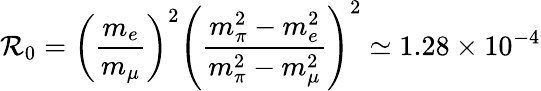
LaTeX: \mathcal{R}_{0}=\left({\frac{{m_{e}}}{{m_{\mu}}}}\right)^{2}\left({\frac{{m_{\pi}^{2}-m_{e}^{2}}}{{m_{\pi}^{2}-m_{\mu}^{2}}}}\right)^{2}\simeq1.28\times10^{-4}